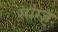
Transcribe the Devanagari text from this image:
सांग्ज़्‌